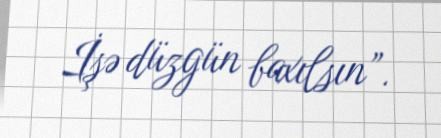
İşə düzgün baxılsın”.